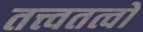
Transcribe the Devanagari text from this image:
तत्त्वतत्वों